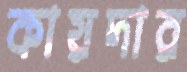
কায়দার